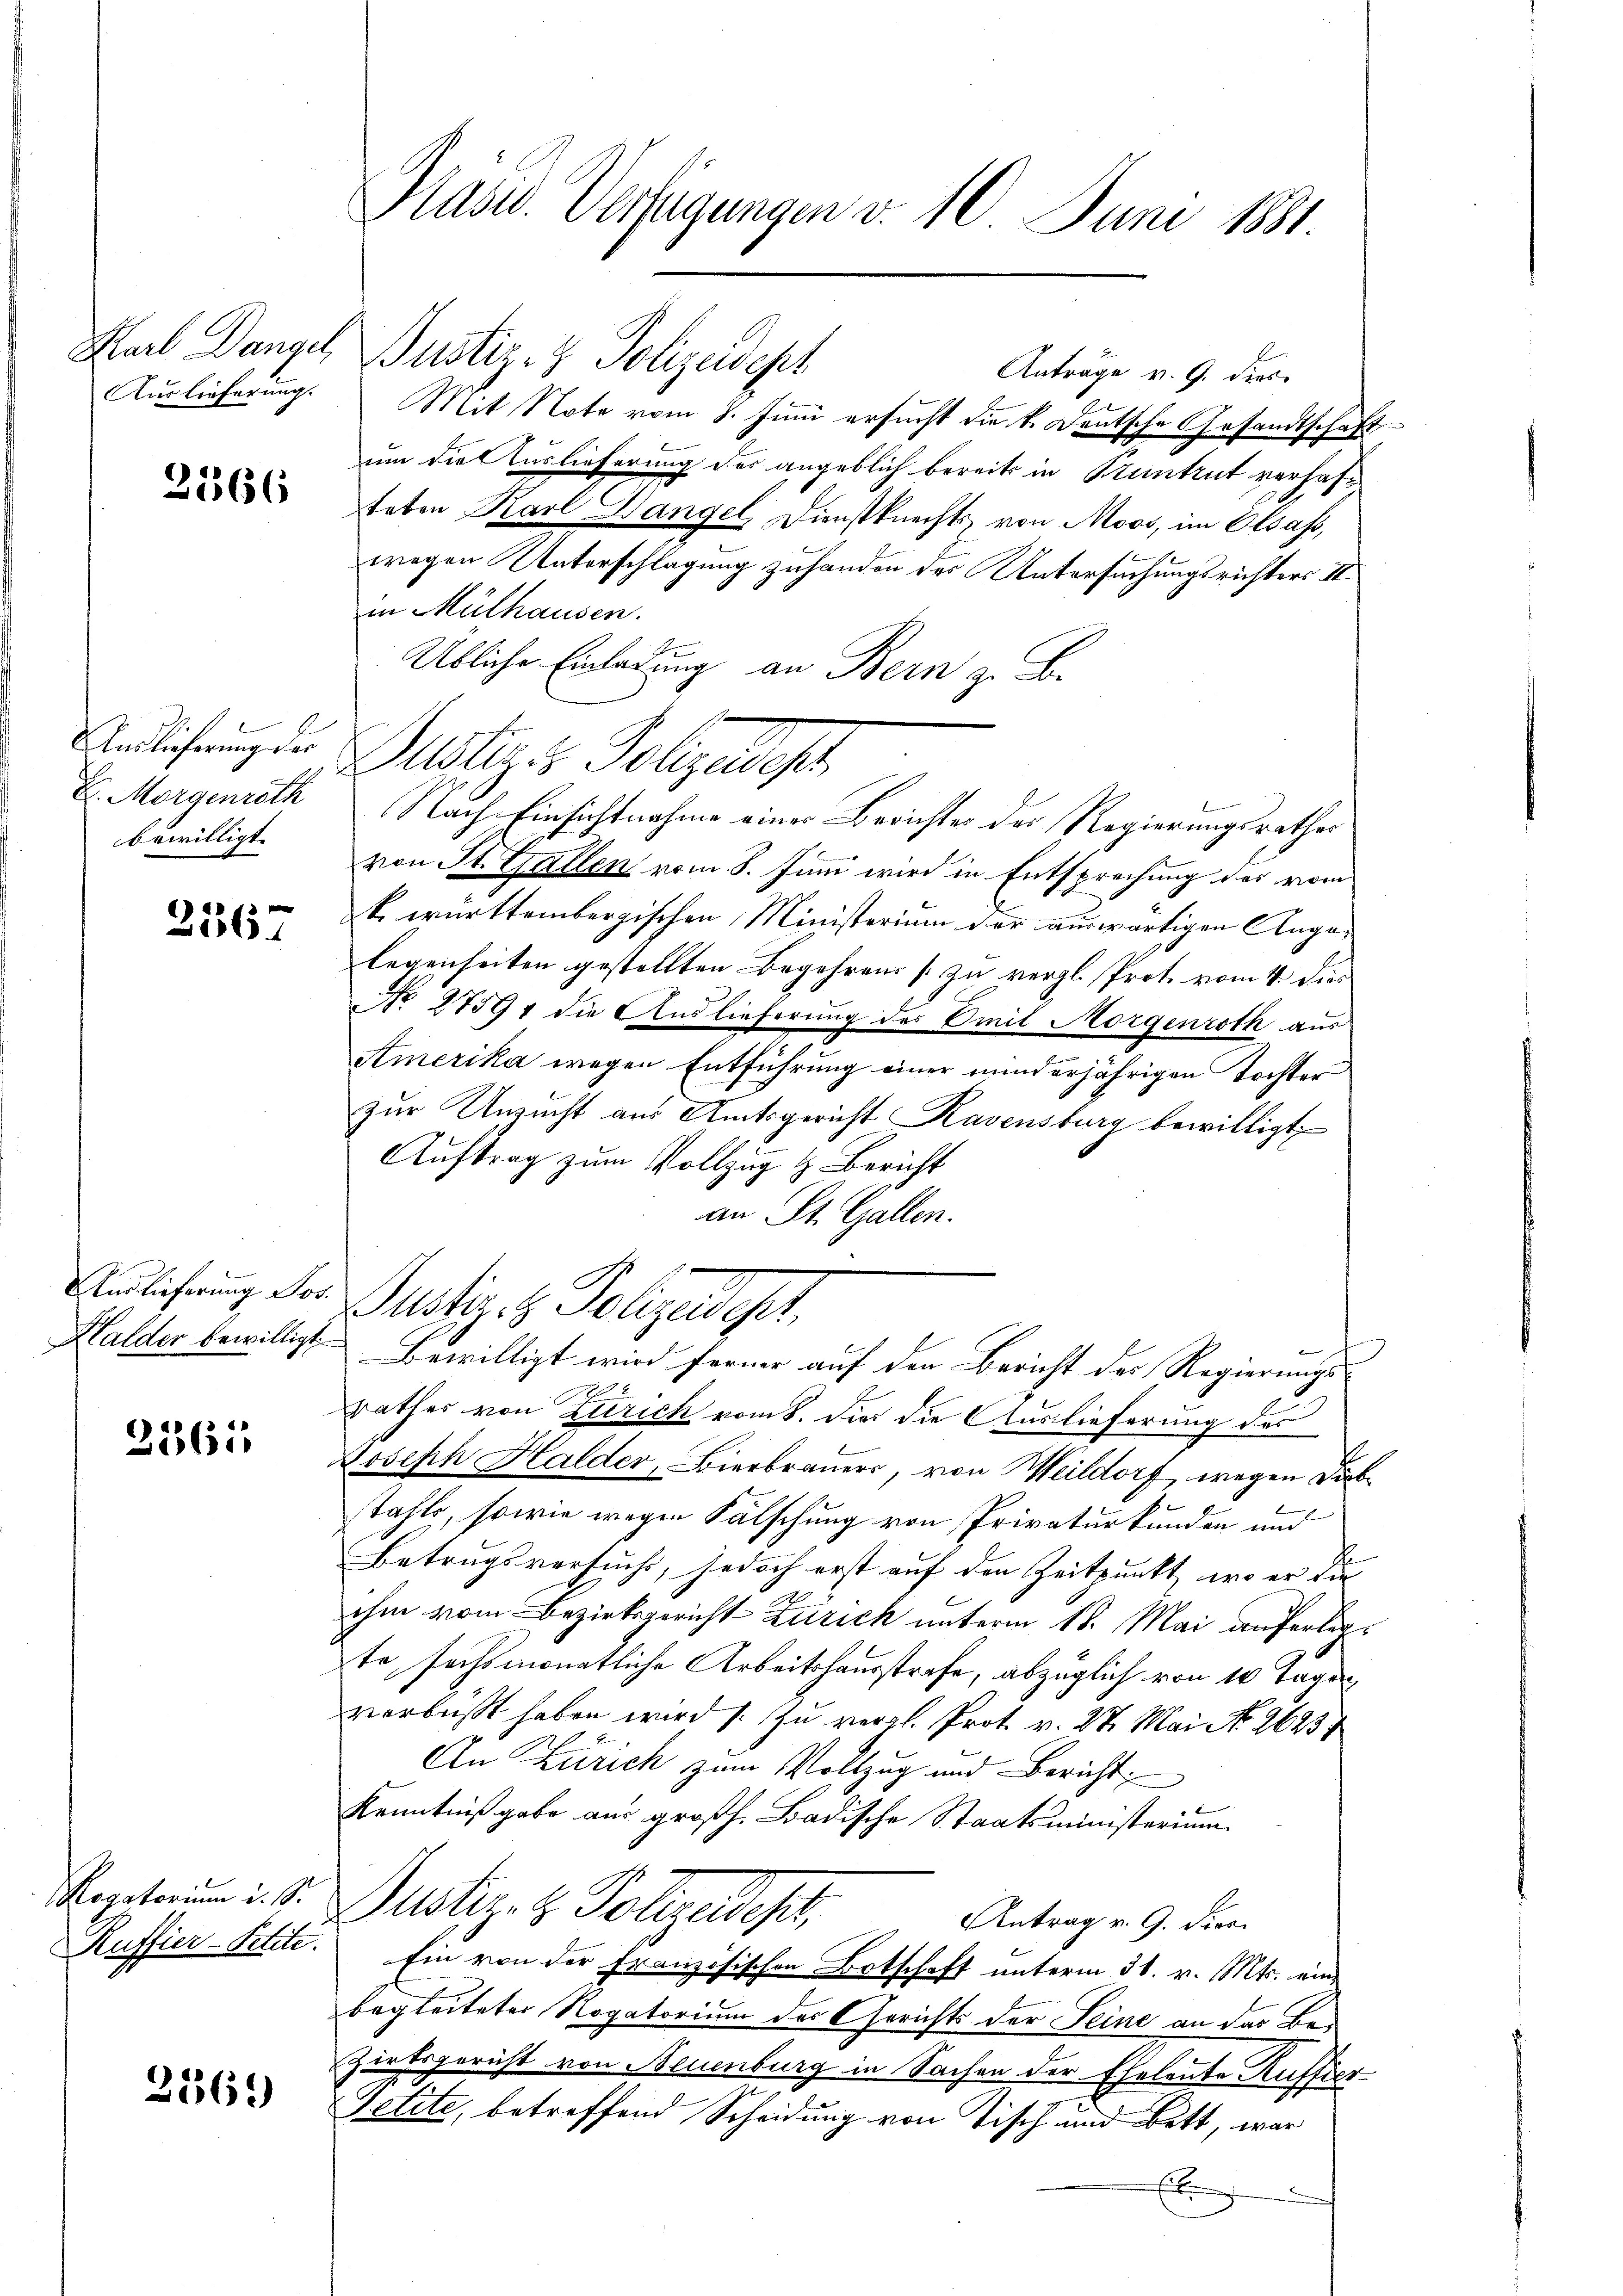
3366

E. Morgenröth
bewilligt. |

2567

Auslieferung Jos.
Halder bewilligt.

3361

2369

Pänd. Verfügungen v. 10. Juni 181.

Karl Danach Justiz- & Polizeidept
Anträge v. 9. dies
Auslieferung. Mit Note vom 7. Juni ersucht die k. Deutsche Gesandtschaft
um die Auslieferung des angeblich bereits in Stuntrut verhafteten Karl Hangel, Dienstknechts von Moos, im Elsass,
wegen Unterschlagung zuhanden der Untersuchungsrichters II
in Mülhausen.
Übliche Einladung an Bern z. B.
Undlicherung der Gelter Polizeidest
Nach Einsichtnahme eines Berichter der Regierungsrathes
von St. Gallen vom 8. Juni wird in Entsprechung des vom
k. württembergischen Ministerium der auswärtigen Angelegenheiten gestellten Begehren [zu vergl. Prot. vom 4. die¬
NNo. 27591 die Auslieferung der Emil Morgenroth aus
Amerika wegen Entführung einer minderjährigen Tochter
zur Unzucht aus Amtsgericht Ravensburg bewilligt,
Auftrag zum Vollzug & Bericht
an St. Gallen.
Justiz & Polizeidest
Bewilligt wird ferner auf den Bericht des Regierungs-
rathes von Zürich vom 8. dies die Auslieferung des
Joseph Halder, Bierbrauer, von Meildorf wegen Diebtahle, sowie wegen Fälschung von Privaturkunden und
Betrugsversuchs, jedoch erst auf den Zeitpunkt, wo er die |
.
ihm vom Bezirksgericht Zürich unterm 18. Mai auferlegte sechsmonatliche Arbeitshausstrafe, abzüglich von 10 Tagen,
verbüßt haben wird (: Zu vergl. Prot. v. 27. Mai No 26234
An Zürich zum Vollzug und Bericht
Kenntnißgabe aus großh. Badische Staatsministerium
Repetium d. d. Justiz- & Polizendest
Antrag v. G. dies
Ruffier-Felde. Ein von der Französischen Botschaft unterm 31. v. Mts. eine
begleiteter Rogatorium des Gerichts der Seine an das Be¬
Zirksgericht von Neuenburg in Sachen der Eheleute Auffier
Petite, betreffend Scheidung von Tisch und Bett, war
E